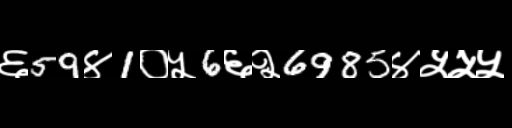
Text: ६59४1०५6६२6985४५५५